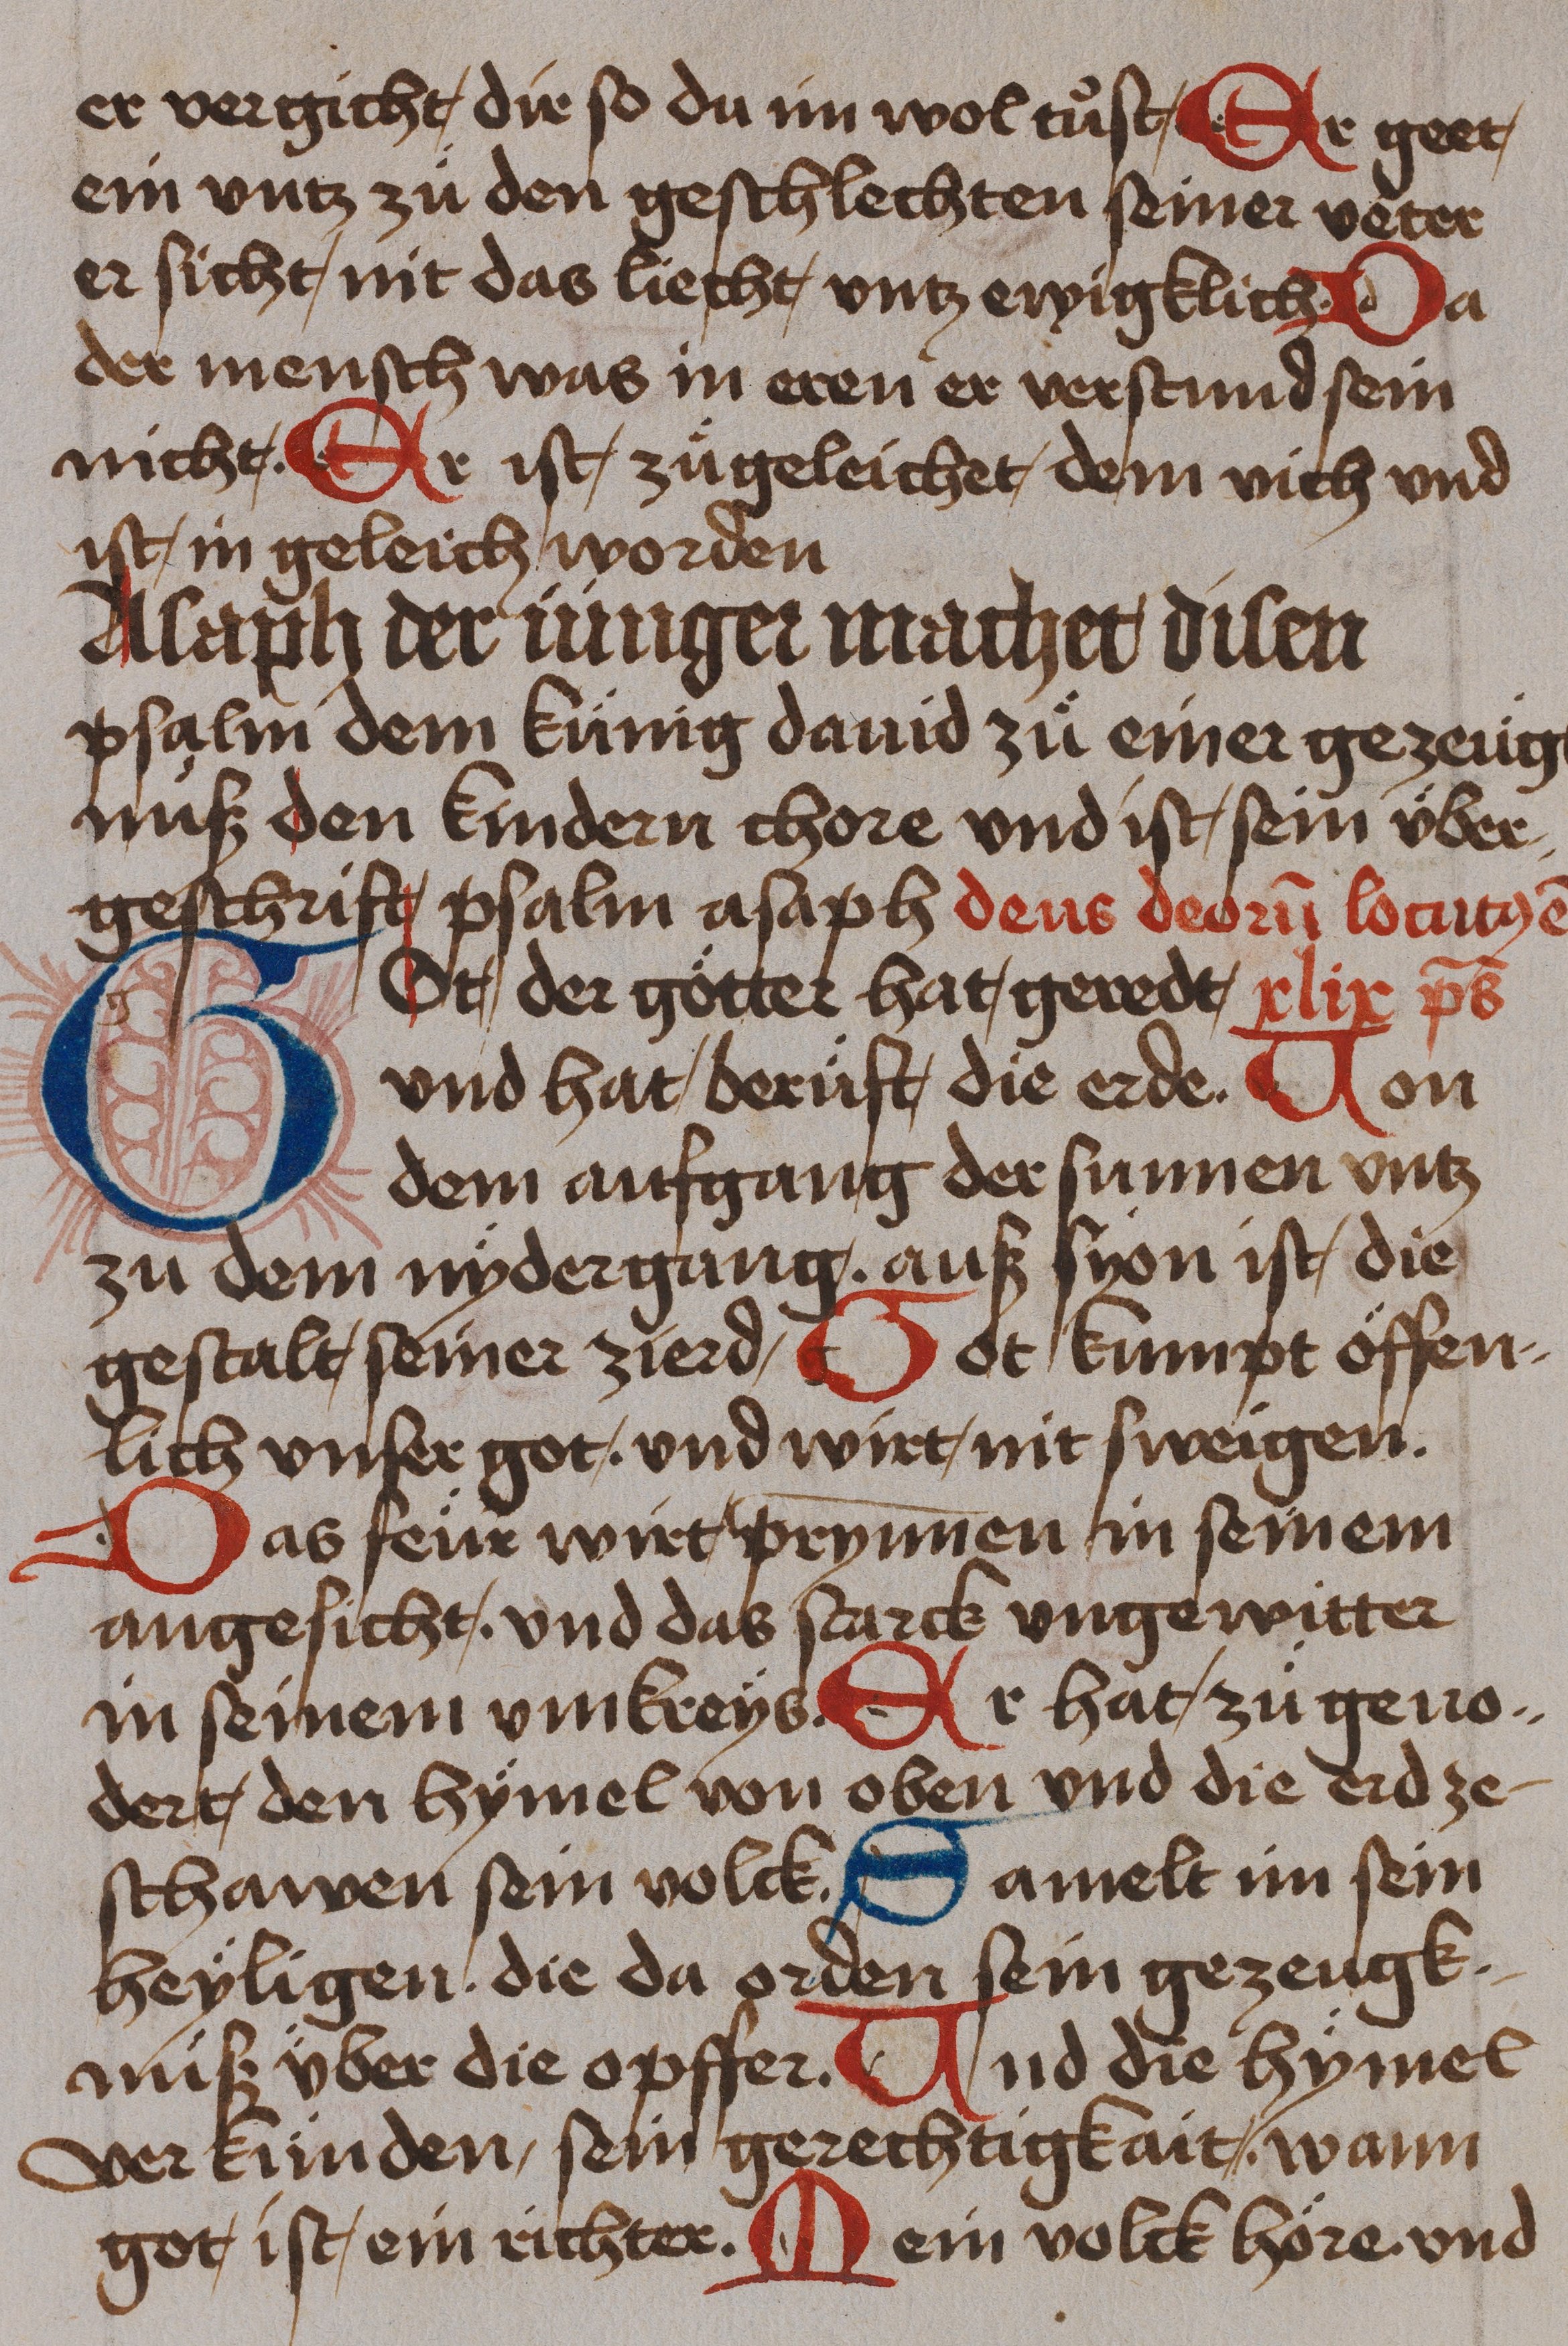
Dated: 1485–1485